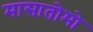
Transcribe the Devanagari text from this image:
मासातोमो